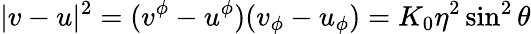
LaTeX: |v-u|^{2}=(v^{\phi}-u^{\phi})(v_{\phi}-u_{\phi})=K_{0}\eta^{2}\sin^{2}\theta